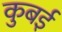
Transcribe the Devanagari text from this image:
कुबई